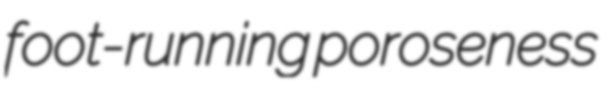
foot-running poroseness